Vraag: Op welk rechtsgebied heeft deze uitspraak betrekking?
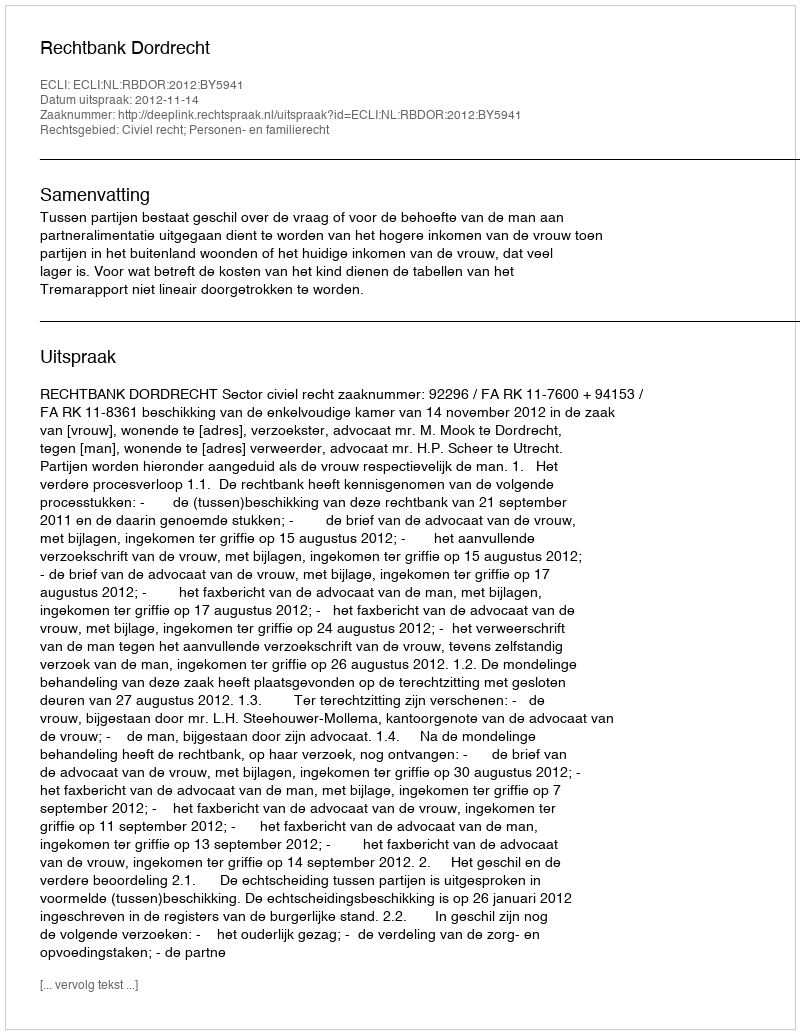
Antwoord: Civiel recht; Personen- en familierecht